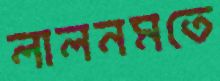
লালনমতে